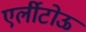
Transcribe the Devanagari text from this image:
एर्लीटोऊ